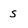
Character: s